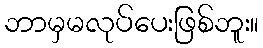
ဘာမှမလုပ်ပေးဖြစ်ဘူး။